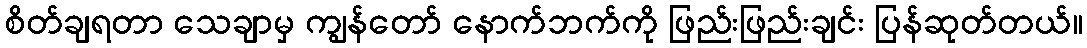
စိတ်ချရတာ သေချာမှ ကျွန်တော် နောက်ဘက်ကို ဖြည်းဖြည်းချင်း ပြန်ဆုတ်တယ်။